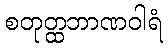
စတုတ္ထဘာဏဝါရံ